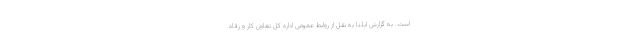
است. به گزارش ایلنا به نقل از روابط عمومی اداره کل تعاون کار و رفاه